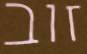
זוב